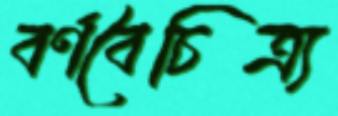
বর্ণবৈচিত্র্য